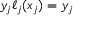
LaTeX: y _ { j } \ell _ { j } ( x _ { j } ) = y _ { j }